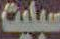
سبليت